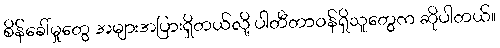
စိန်ခေါ်မှုတွေ အများအပြားရှိတယ်လို့ ပါတီတာဝန်ရှိသူတွေက ဆိုပါတယ်။